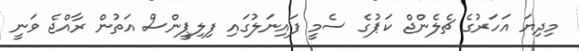
މިދިޔަ އަހަރުގެ ޗެލެންޖް ކަޕުގެ ސެމީ ފައިނަލުގައި ފިލިޕީންސް އަތުން ރާއްޖެ ވަނީ